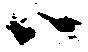
ハ